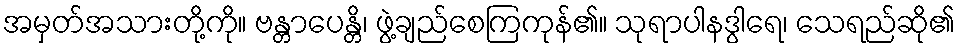
အမှတ်အသားတို့ကို။ ဗန္တာပေန္တိ၊ ဖွဲ့ချည်စေကြကုန်၏။ သုရာပါနဒွါရေ၊ သေရည်ဆို၏